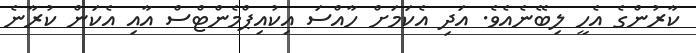
ކާރުންގެ އެހީ ލިބޭނެއެވެ. އަދި އެކަމަށް ހާއްސަ އިކުއިޕްމެންޓްސް އާއި އެކަން ކުރާނެ